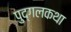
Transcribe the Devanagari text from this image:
पुद्गलकथा